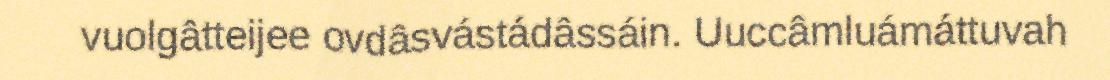
vuolgâtteijee ovdâsvástádâssáin. Uuccâmluámáttuvah